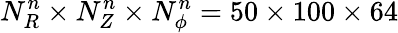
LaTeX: N_{R}^{n}\times N_{Z}^{n}\times N_{\phi}^{n}=50\times 100\times 64